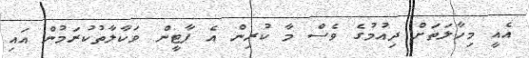
އެއީ މިހާލަތަށް ދިއުމުގެ ވެސް މާ ކުރިން އެ ޕާޓީން ވަކާލާތުކުރަމުން އައި